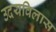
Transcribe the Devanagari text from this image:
उदयविलास